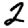
Digit: 2